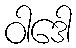
ဝါဒေါ